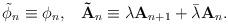
LaTeX: \begin{align*}\tilde{\phi}_n\equiv \phi _n,\;\;\;\mathbf{\tilde{A}}_n\equiv \lambda \mathbf{A}_{n+1}+\bar{\lambda}\mathbf{A}_n.\end{align*}